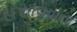
હસાવવાના